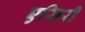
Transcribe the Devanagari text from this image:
एसिरी